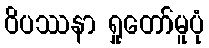
ဝိပဿနာ ရှုတော်မူပုံ